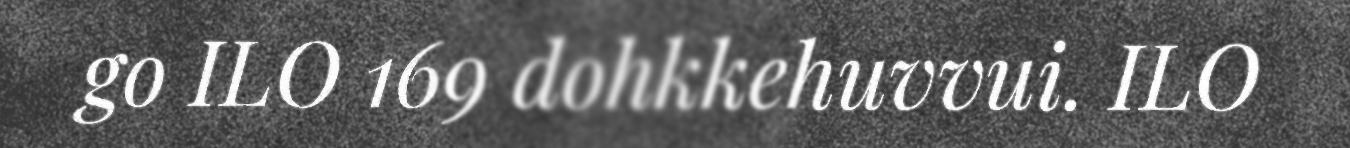
go ILO 169 dohkkehuvvui. ILO